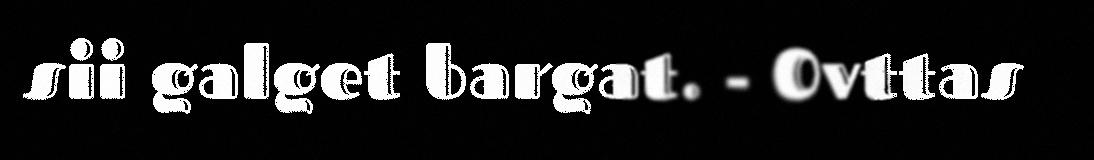
sii galget bargat. - Ovttas